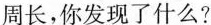
周长，你发现了什么?